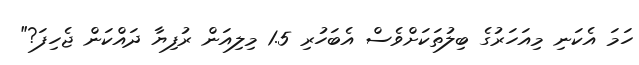
ހަމަ އެކަނި މިއަހަރުގެ ބިލުތަކަށްވެސް އެބަހުރި 1.5 މިލިއަން ރުފިޔާ ދައްކަން ޖެހިފަ?"